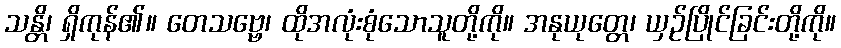
သန္တိ၊ ရှိကုန်၏။ တေသဗ္ဗေ၊ ထိုအလုံးစုံသောသူတို့ကို။ အနုယုတ္တေ၊ ယှဉ်ပြိုင်ခြင်းတို့ကို။